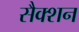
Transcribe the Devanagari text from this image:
सैक्‍शन